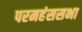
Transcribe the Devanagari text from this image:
परमहंससभा